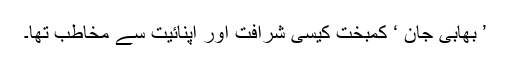
’ بھابی جان ‘ کمبخت کیسی شرافت اور اپنائیت سے مخاطب تھا۔